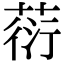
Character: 葕